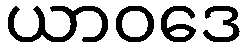
ယာဝဒေ